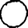
Digit: 0